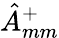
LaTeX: \hat{A}_{mm}^{+}